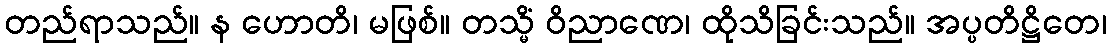
တည်ရာသည်။ န ဟောတိ၊ မဖြစ်။ တသ္မိံ ဝိညာဏေ၊ ထိုသိခြင်းသည်။ အပ္ပတိဋ္ဌိတေ၊